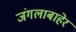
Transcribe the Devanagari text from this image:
जंगलाबाहेर